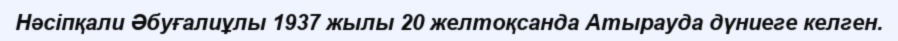
Нәсіпқали Әбуғалиұлы 1937 жылы 20 желтоқсанда Атырауда дүниеге келген.